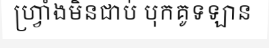
ហ្វ្រាំងមិនជាប់ បុកគូទឡាន